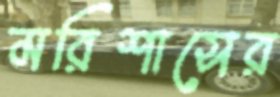
মরিশাসের